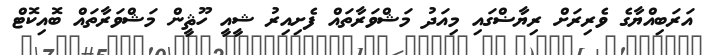
އަރަބިއްޔާގެ ވެރިރަށް ރިޔާޟްގައި މިއަދު މަޝްވަރާތައް ފެށިއިރު ޝީއީ ހޫޘީން މަޝްވަރާތައް ބޮއިކޮޓް